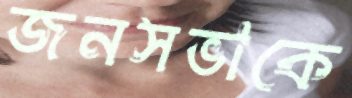
জনসভাকে